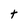
Character: t